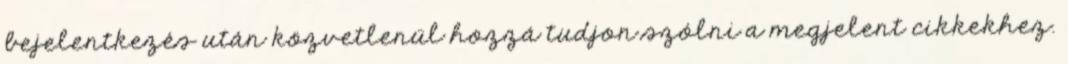
bejelentkezés után közvetlenül hozzá tudjon szólni a megjelent cikkekhez.